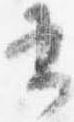
書